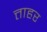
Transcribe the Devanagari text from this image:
त्ताहर